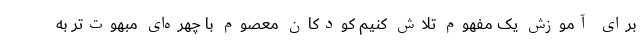
برای آموزش یک مفهوم تلاش کنیم کودکان معصوم با چهره‌ای مبهوت‌تر به